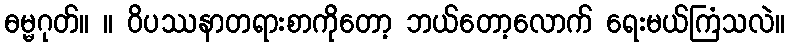
ဓမ္မဂုတ်။ ။ ဝိပဿနာတရားစာကိုတော့ ဘယ်တော့လောက် ရေးမယ်ကြံသလဲ။